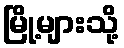
မြို့များသို့